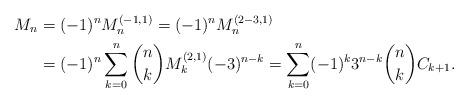
LaTeX: \begin{align*}M_{n}&=(-1)^nM_n^{(-1,1)}=(-1)^nM_n^{(2-3,1)}\\&=(-1)^n\sum_{k=0}^n\binom{n}{k}M_k^{(2,1)}(-3)^{n-k}=\sum_{k=0}^n(-1)^k3^{n-k}\binom{n}{k}C_{k+1}.\end{align*}